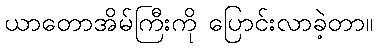
ယာတောအိမ်ကြီးကို ပြောင်းလာခဲ့တာ။